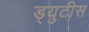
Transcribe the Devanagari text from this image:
ड्युटीस